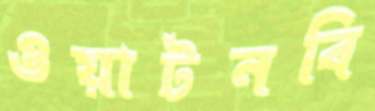
ওয়াটনবি